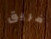
فريق